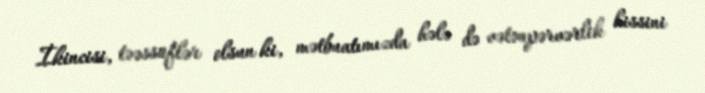
İkincisi, təəssüflər olsun ki, mətbuatımızda hələ də vətənpərvərlik hissini